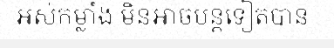
អស់កម្លាំង មិនអាចបន្តទៀតបាន :